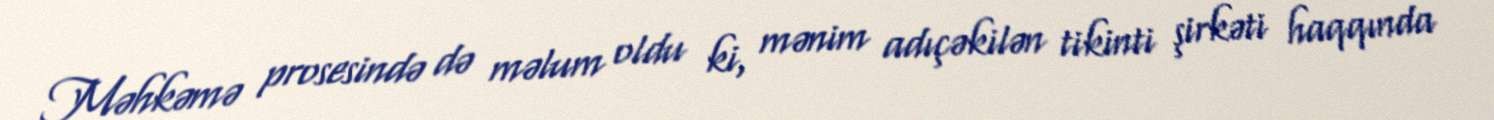
Məhkəmə prosesində də məlum oldu ki, mənim adıçəkilən tikinti şirkəti haqqında